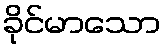
ခိုင်မာသော